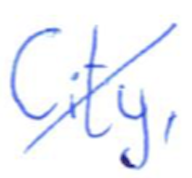
Text: City,
Cross-out: diagonal
Writing tool: ballpoint